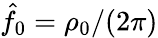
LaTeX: \hat{f}_{0}=\rho_{0}/(2\pi)